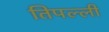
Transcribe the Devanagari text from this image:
तिपल्ली